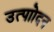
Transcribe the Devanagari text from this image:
उत्पाोदन